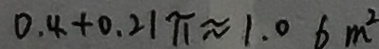
0 . 4 + 0 . 2 1 \pi \approx 1 . 0 6 m ^ { 2 }